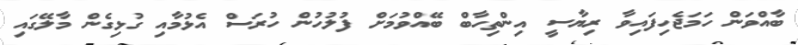
ބާއްވަން ހަމަޖެހިފައިވާ ރިޔާސީ އިންތިހާބް ބޭއްވުމަށް ފުލުހުން ހުރަސް އެޅުމާއި ގުޅިގެން މާލޭގައި